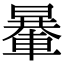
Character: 𨍯